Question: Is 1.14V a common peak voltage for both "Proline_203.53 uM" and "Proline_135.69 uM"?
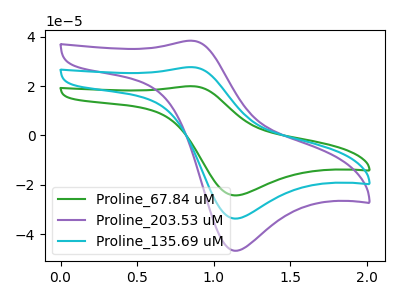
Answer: <think>The green curve "Proline_67.84 uM" has an anodic peak at (0.85V, 19.95uA) and a cathodic peak at (1.15V, -24.30uA). The purple curve "Proline_203.53 uM" has an anodic peak at (0.85V, 55.35uA) and a cathodic peak at (1.15V, -67.40uA). The cyan curve "Proline_135.69 uM" has an anodic peak at (0.85V, 27.70uA) and a cathodic peak at (1.15V, -33.70uA).</think>
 <answer>Yes, "Proline_203.53 uM" and "Proline_135.69 uM" share a peak at 1.14V.</answer>
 <eval>match</eval>